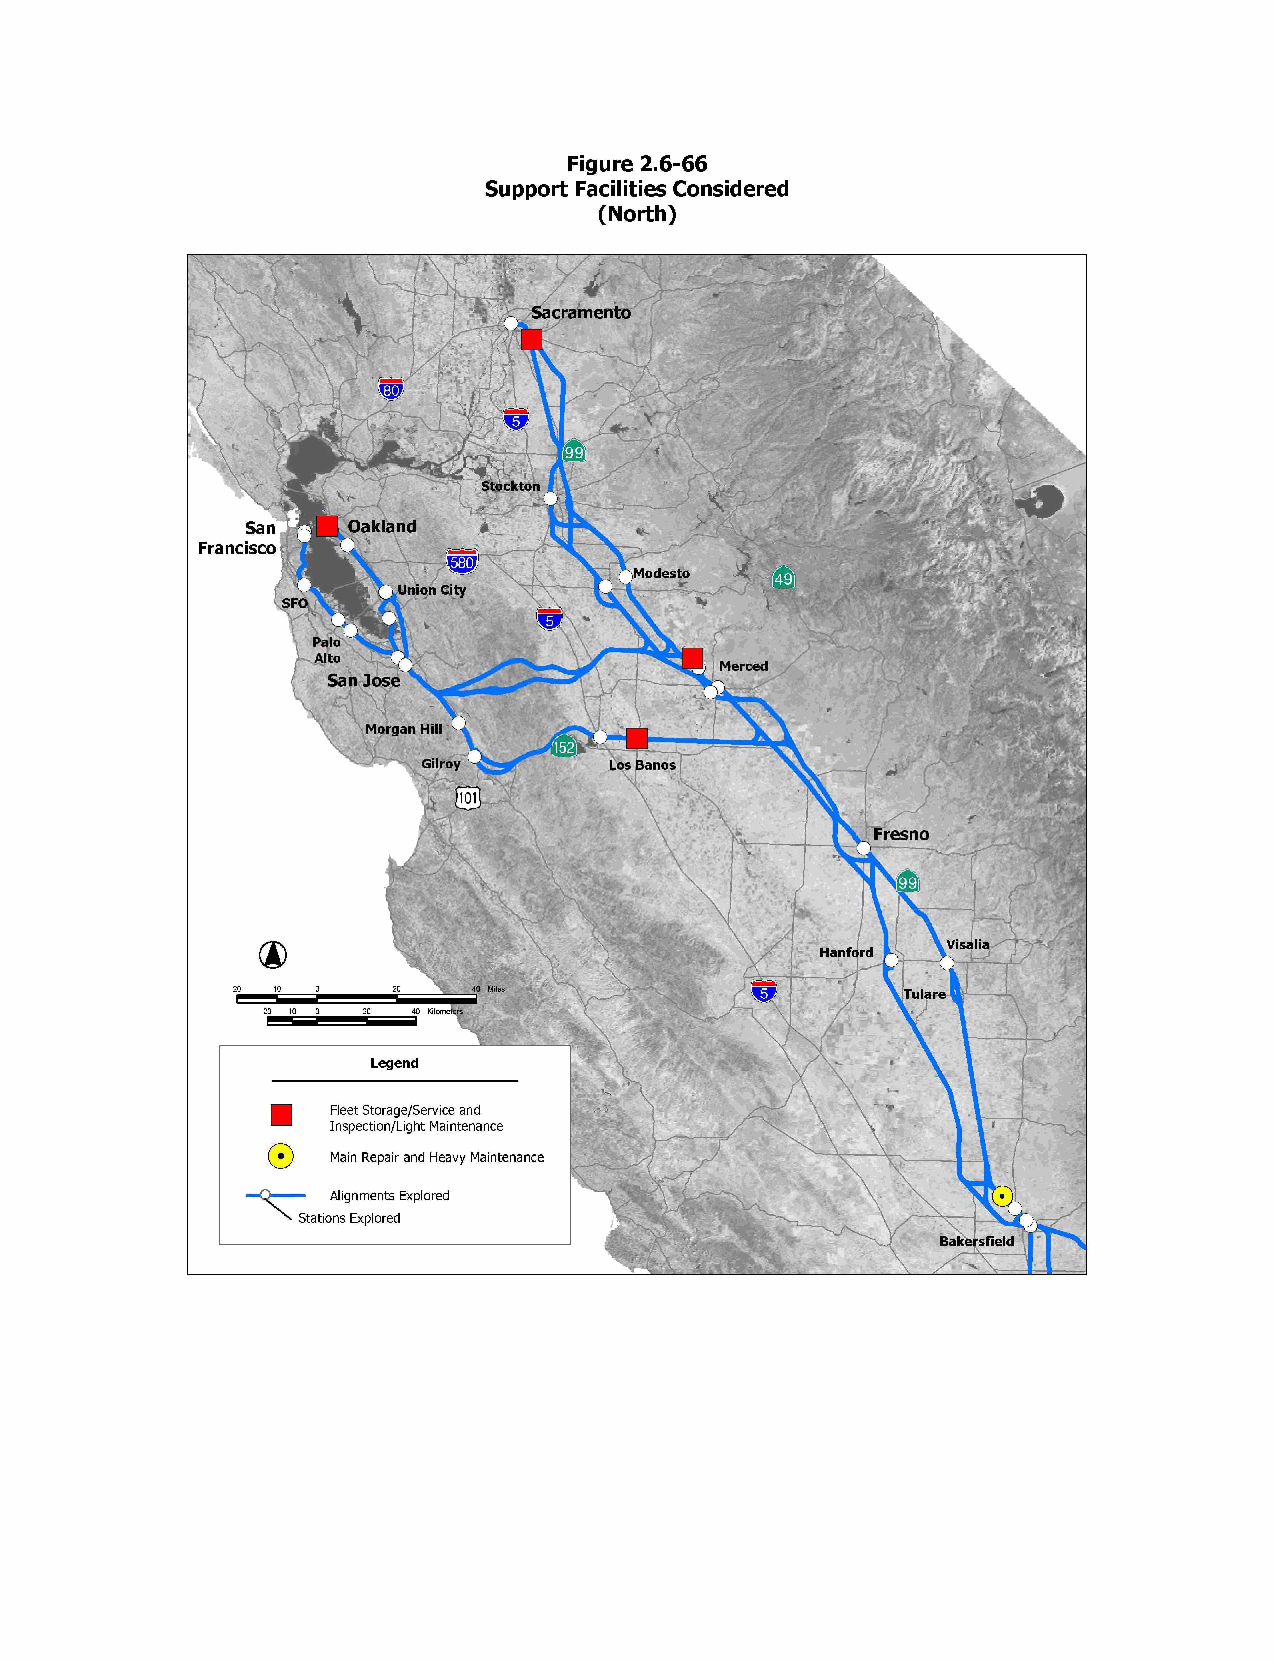
Figure 2.6-66
 Support Facilities Considered
 (North)
 Sacramento
 San    Oakland
 Francisco
 Modesto
 Union City
 SFO
 Alto
 Merced
 San Jose
 Morgan Hill
 Gilroy      Los Banos
 Fresno
 Visalia
 Hanford
 Tulare
 Legend
 Fleet Storage/Service and
 Inspection/Light Maintenance
 Main Repair and Heavy Maintenance
 Alignments Explored
 Stations Explored
 Bakersfield